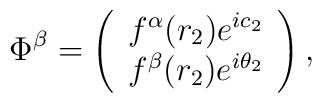
\Phi^{\beta}=\left(\begin{array}{c} f^{\alpha}(r_{2})e^{i c_{2}} \\ f^{\beta}(r_{2})e^{i\theta_{2}} \end{array}\right),